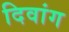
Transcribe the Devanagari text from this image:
दिवांग